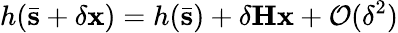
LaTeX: h(\bar{\mathbf{s}}+\delta\mathbf{x})=h(\bar{\mathbf{s}})+\delta\mathbf{H}\mathbf{x}+\mathcal{O}(\delta^{2})